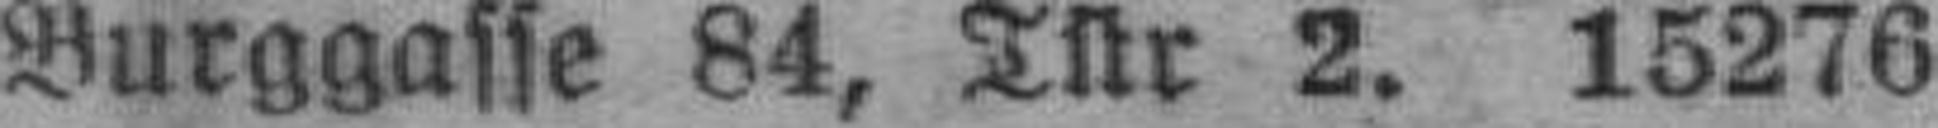
Burggasse 84, Tür 2. 15276